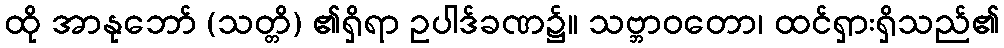
ထို အာနုဘော် (သတ္တိ) ၏ရှိရာ ဥပါဒ်ခဏ၌။ သဗ္ဘာဝတော၊ ထင်ရှားရှိသည်၏